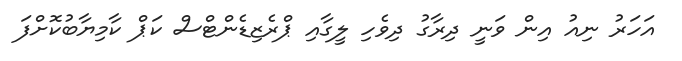
އަހަރު ނިއު އިން ވަނީ ދިރާގު ދިވެހި ލީގާއި ޕްރެޒިޑެންޓްސް ކަޕް ކާމިޔާބުކޮށްފަ